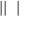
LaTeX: | | \bigstar \bigstar | \bigstar